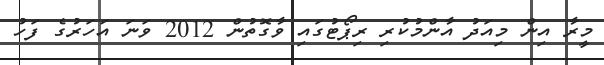
މީރާ އިން މިއަދު އާންމުކުރި ރިޕޯޓުގައި ވާގޮތުން 2012 ވަނަ އަހަރުގެ ފަހު